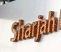
sharjah